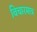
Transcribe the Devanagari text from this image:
विचारमात्र